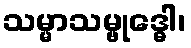
သမ္မာသမ္ဗုဒ္ဓေါ၊